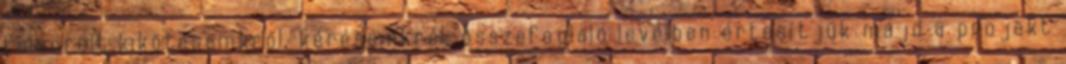
felsorolt kikötéseinkről, kéréseinkről, összefoglaló levélben értesítjük majd a projekt